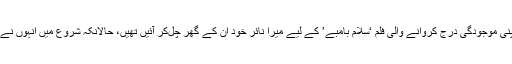
گرم ہوا دیکھ‌کر آسکرتک اپنی موجودگی درج کروانے والی فلم ‘سلام بامبے’ کے لیے میرا نائر خود ان کے گھر چل‌کر آئیں تھیں، حالانکہ شروع میں انہوں نے زیادہ دلچسپی نہیں دکھائی۔